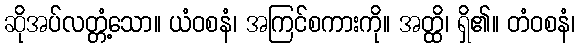
ဆိုအပ်လတ္တံ့သော။ ယံဝစနံ၊ အကြင်စကားကို။ အတ္ထိ၊ ရှိ၏။ တံဝစနံ၊